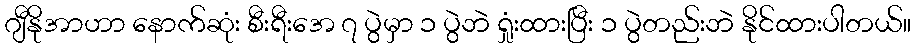
ဂျီနိုအာဟာ နောက်ဆုံး စီးရီးအေ ၇ ပွဲမှာ ၁ ပွဲဘဲ ရှုံးထားပြီး ၁ ပွဲတည်းဘဲ နိုင်ထားပါတယ်။